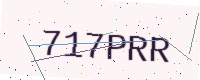
Text: 717PRR